Annual report of the Punjab Veterinary College and of the Civil Veterinary Department, Punjab - 1909-1919
Year: 1909
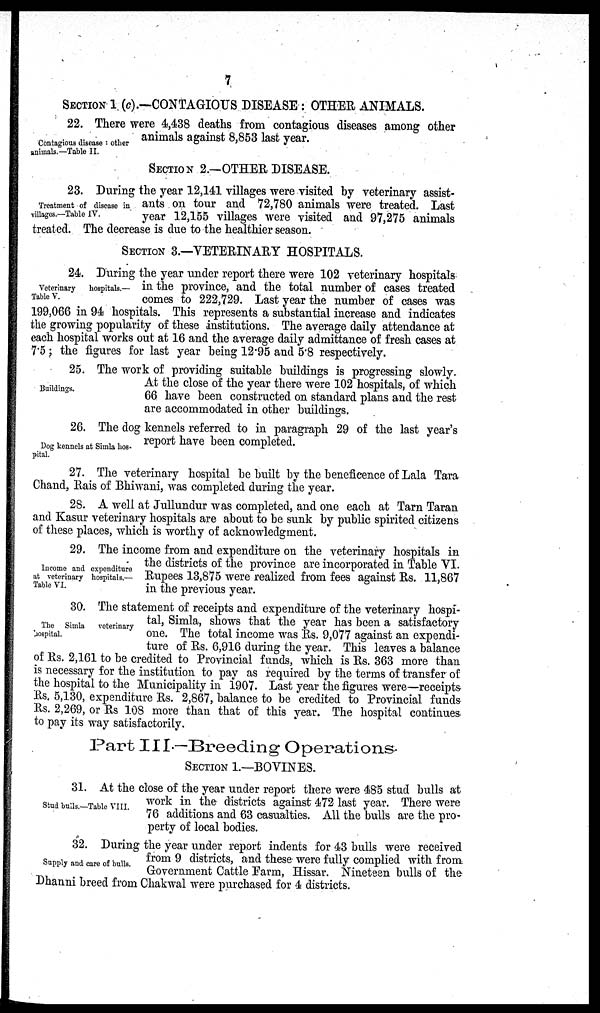
7
SECTION 1 (c).—CONTAGIOUS DISEASE: OTHER ANIMALS.
Contagious disease: other
animals.—Table II.
22. There were 4,438 deaths from contagious diseases among other
animals against 8,853 last year.
SECTION 2.—OTHER DISEASE.
Treatment of disease in
villages.—Table IV.
23. During the year 12,141 villages were visited by veterinary assist-
ants on tour and 72,780 animals were treated. Last
year 12,155 villages were visited and 97,275 animals
treated. The decrease is due to the healthier season.
SECTION 3.—VETERINARY HOSPITALS.
Veterinary
hospitals.—
Table V.
24. During the year under report there were 102 veterinary hospitals
in the province, and the total number of cases treated
comes to 222,729. Last year the number of cases was
199,066 in 94 hospitals. This represents a substantial increase and indicates
the growing popularity of these institutions. The average daily attendance at
each hospital works out at 16 and the average daily admittance of fresh cases at
7.5; the figures for last year being 12.95 and 5.8 respectively.
Buildings.
25. The work of providing suitable buildings is progressing slowly.
At the close of the year there were 102 hospitals, of which
66 have been constructed on standard plans and the rest
are accommodated in other buildings.
Dog kennels at Simla hos-
pital.
26. The dog kennels referred to in paragraph 29 of the last year's
report have been completed.
27. The veterinary hospital be built by the beneficence of Lala Tara
Chand, Rais of Bhiwani, was completed during the year.
28. A well at Jullundur was completed, and one each at Tarn Taran
and Kasur veterinary hospitals are about to be sunk by public spirited citizens
of these places, which is worthy of acknowledgment.
Income and expenditure
at veterinary hospitals.—
Table VI.
29. The income from and expenditure on the veterinary hospitals in
the districts of the province are incorporated in Table VI.
Rupees 13,875 were realized from fees against Rs. 11,867
in the previous year.
The Simla
veterinary
hospital.
30. The statement of receipts and expenditure of the veterinary hospi-
tal, Simla, shows that the year has been a satisfactory
one. The total income was Rs. 9,077 against an expendi-
ture of Rs. 6,916 during the year. This leaves a balance
of Rs. 2,161 to be credited to Provincial funds, which is Rs. 363 more than
is necessary for the institution to pay as required by the terms of transfer of
the hospital to the Municipality in 1907. Last year the figures were—receipts
Rs. 5,130, expenditure Rs. 2,867, balance to be credited to Provincial funds
Rs. 2,269, or Rs 108 more than that of this year. The hospital continues
to pay its way satisfactorily.
Part III.—Breeding Operations.
SECTION 1.—BOVINES.
Stud bulls.—Table VIII.
31. At the close of the year under report there were 485 stud bulls at
work in the districts against 472 last year. There were
76 additions and 63 casualties. All the bulls are the pro-
perty of local bodies.
Supply and care of bulls.
32. During the year under report indents for 43 bulls were received
from 9 districts, and these were fully complied with from
Government Cattle Farm, Hissar. Nineteen bulls of the
Dhanni breed from Chakwal were purchased for 4 districts.